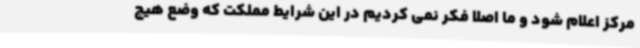
مرکز اعلام شود و ما اصلا فکر نمی کردیم در این شرایط مملکت که وضع هیچ